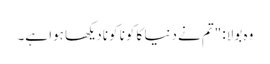
وہ بولا: "تم نے دنیا کا کونا کونا دیکھا ہوا ہے۔